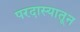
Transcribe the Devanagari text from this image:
परदास्यातून